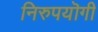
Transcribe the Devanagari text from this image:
निरुपयॊगी